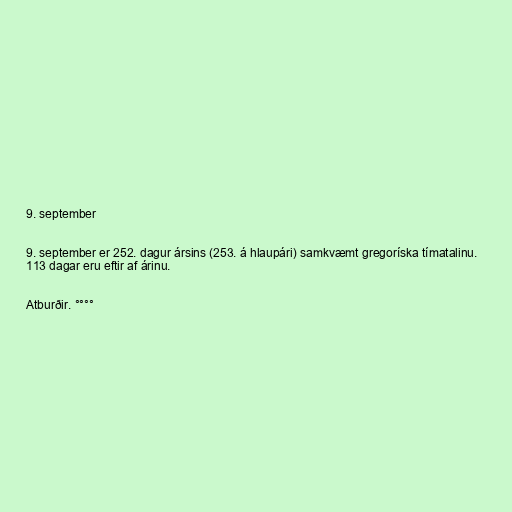
9. september

9. september er 252. dagur ársins (253. á hlaupári) samkvæmt gregoríska tímatalinu.
113 dagar eru eftir af árinu.

Atburðir. °°°°